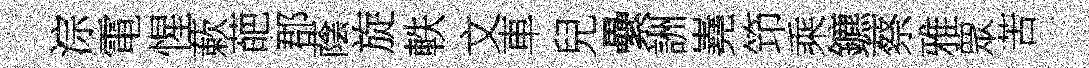
淙電惺蔌葩郡蔭旋軼文車兒纍詶嶤笻乘鑣蔡雅眾苦